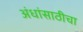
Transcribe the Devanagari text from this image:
अंधांसाठीचा